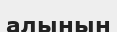
алынын